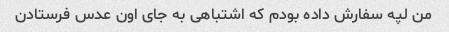
من لپه سفارش داده بودم که اشتباهی به جای اون عدس فرستادن